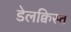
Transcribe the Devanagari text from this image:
डेलक्विस्त